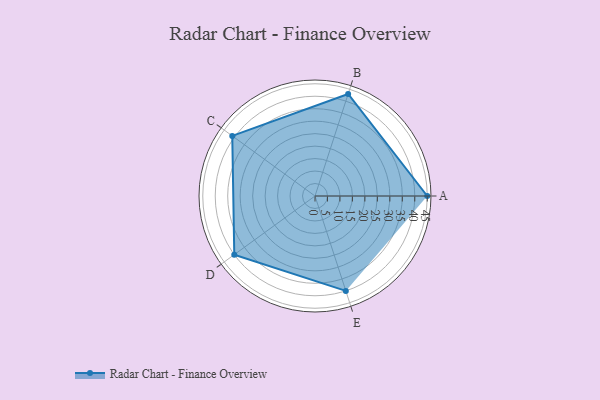
{"axis": {"x": "Skill", "y": "Score"}, "legend": ["Profile"], "data": [{"x": "A", "y": 45.0, "type": "Profile"}, {"x": "B", "y": 43.0, "type": "Profile"}, {"x": "C", "y": 41.0, "type": "Profile"}, {"x": "D", "y": 40.0, "type": "Profile"}, {"x": "E", "y": 40.0, "type": "Profile"}]}